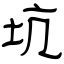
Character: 坑